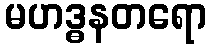
မဟဒ္ဓနတရော